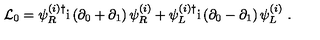
{ \cal L } _ { 0 } = \psi _ { R } ^ { ( i ) \dagger } \mathrm { i } \left( \partial _ { 0 } + \partial _ { 1 } \right) \psi _ { R } ^ { ( i ) } + \psi _ { L } ^ { ( i ) \dagger } \mathrm { i } \left( \partial _ { 0 } - \partial _ { 1 } \right) \psi _ { L } ^ { ( i ) } \ .